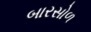
બારસોળ